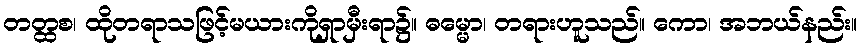
တတ္ထစ၊ ထိုတရာသဖြင့်မယားကိုရှာမှီးရာ၌။ ဓမ္မော၊ တရားဟူသည်။ ကော၊ အဘယ်နည်း။